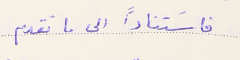
فاسَتناداً الى ما تقدم